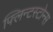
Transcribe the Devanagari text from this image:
फ्लिन्टस्टोन्स